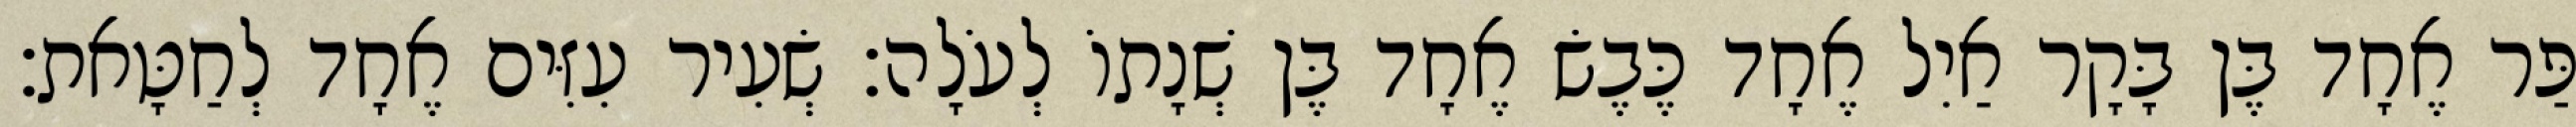
פַּר אֶחָד בֶּן בָּקָר אַיִל אֶחָד כֶּבֶשׂ אֶחָד בֶּן שְׁנָתוֹ לְעֹלָה׃ שְׂעִיר עִזִּים אֶחָד לְחַטָּאת׃